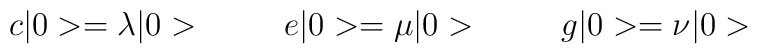
c\vert 0 > = \lambda \vert 0 > \hskip 1cme\vert 0 > = \mu \vert0 > \hskip 1cm    g \vert 0 > = \nu \vert 0 >